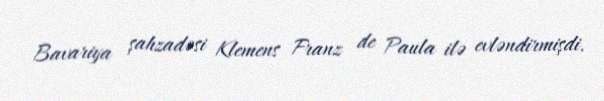
Bavariya şahzadəsi Klemens Franz de Paula ilə evləndirmişdi.